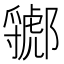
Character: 𲆣